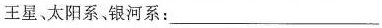
王星、太阳系，银河系：___